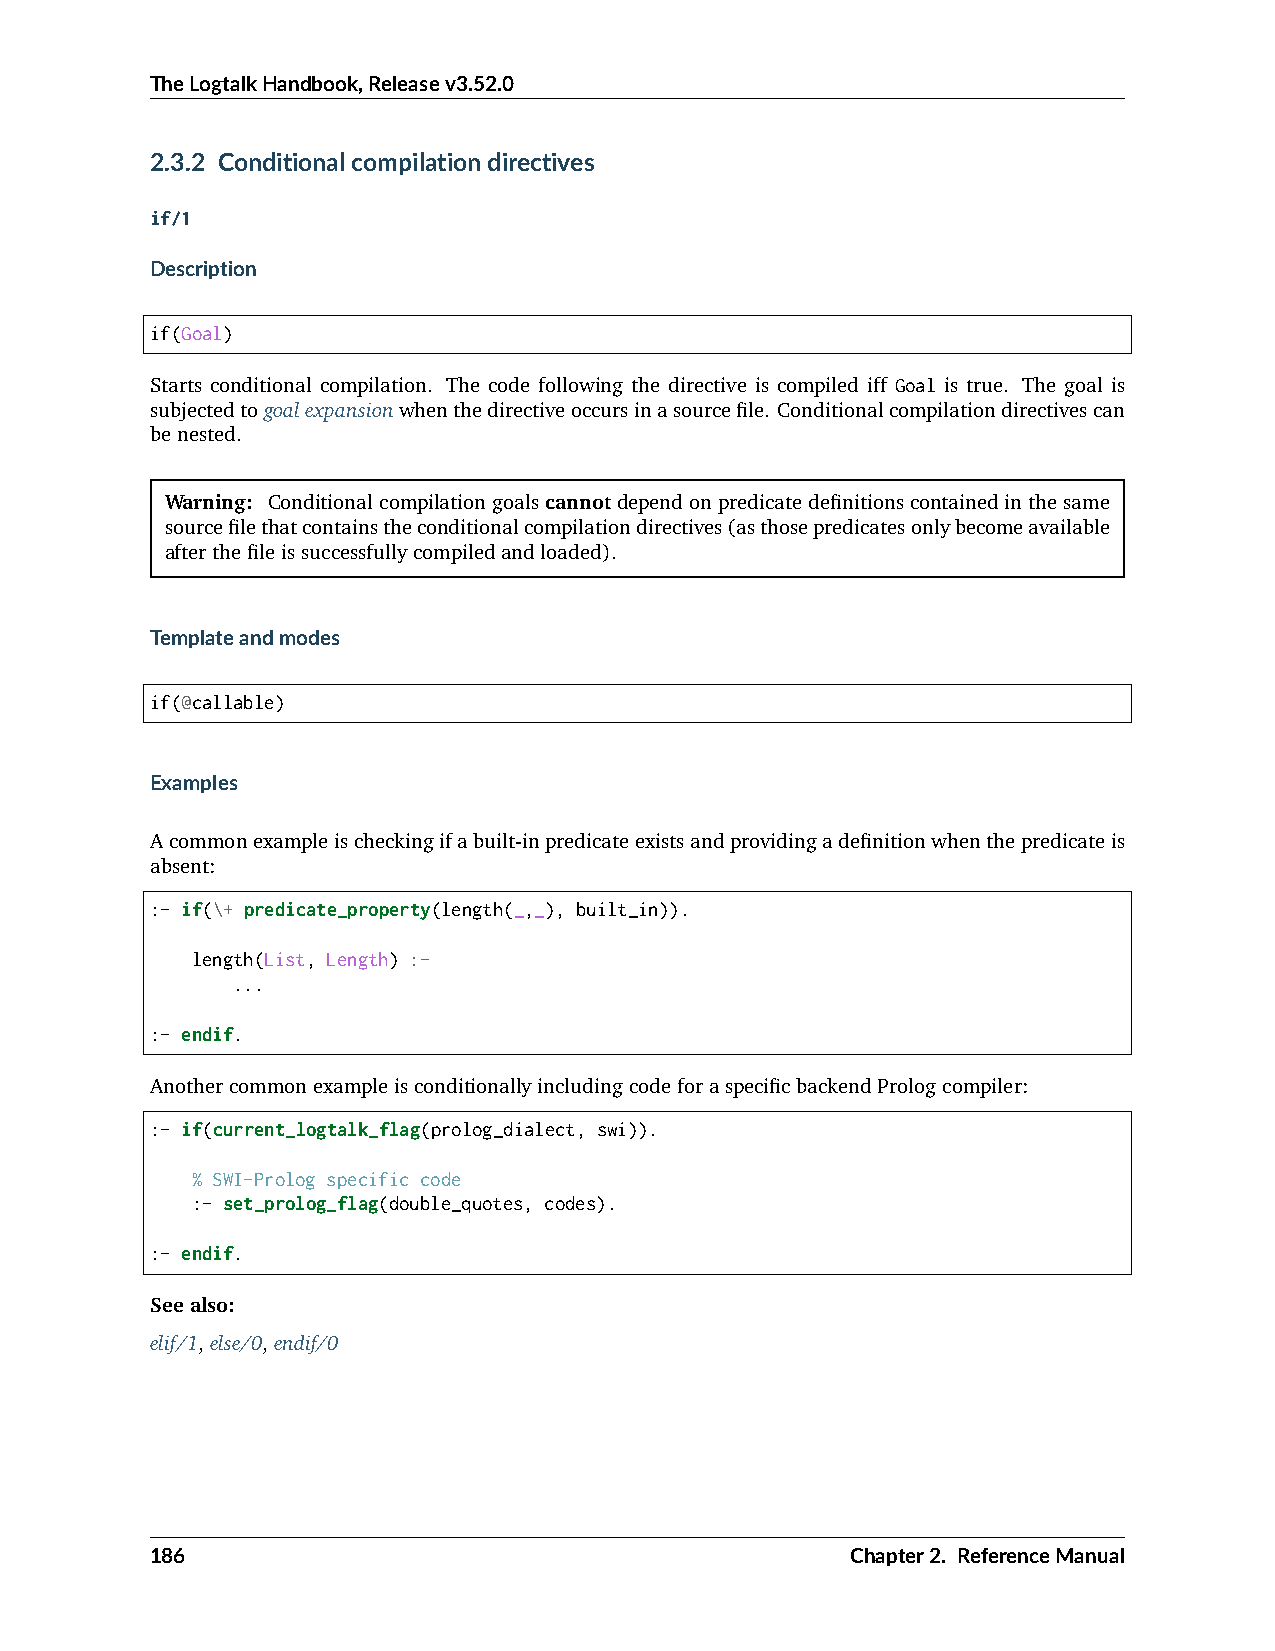
TheLogtalkHandbook,Releasev3.52.0
 2.3.2 Conditionalcompilationdirectives
 if/1
 Description
 if(Goal)
 Starts conditional compilation. The code following the directive is compiled iff Goal is true. The goal is
 subjectedtogoalexpansionwhenthedirectiveoccursinasourcefile. Conditionalcompilationdirectivescan
 benested.
 Warning: Conditionalcompilationgoalscannotdependonpredicatedefinitionscontainedinthesame
 sourcefilethatcontainstheconditionalcompilationdirectives(asthosepredicatesonlybecomeavailable
 afterthefileissuccessfullycompiledandloaded).
 Templateandmodes
 if(@callable)
 Examples
 Acommonexampleischeckingifabuilt-inpredicateexistsandprovidingadefinitionwhenthepredicateis
 absent:
 :- if(\+ predicate_property(length(_,_), built_in)).
 length(List, Length) :-
 ...
 :- endif.
 AnothercommonexampleisconditionallyincludingcodeforaspecificbackendPrologcompiler:
 :- if(current_logtalk_flag(prolog_dialect, swi)).
 % SWI-Prolog specific code
 :- set_prolog_flag(double_quotes, codes).
 :- endif.
 Seealso:
 elif/1,else/0,endif/0
 186                                           Chapter2. ReferenceManual